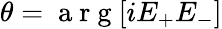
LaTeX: \theta=\mathrm{~a~r~g~}[iE_{+}E_{-}]